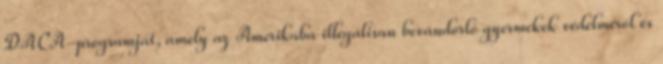
DACA-programját, amely az Amerikába illegálisan bevándorló gyermekek védelméről és